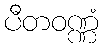
ပီတဝဏ္ဏံ